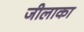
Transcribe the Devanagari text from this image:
जीलाका